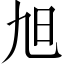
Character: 旭